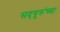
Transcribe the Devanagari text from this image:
सद्‍गुरूंच्या